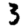
Digit: 3